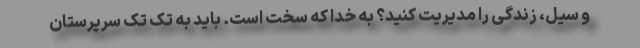
و سیل، زندگی را مدیریت کنید؟ به خدا که سخت است. باید به تک تک سرپرستان